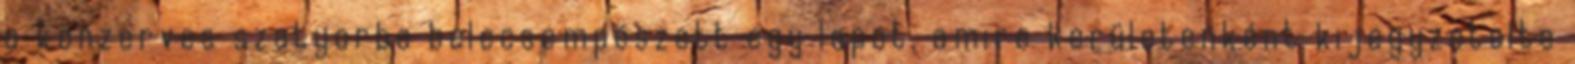
a konzerves szatyorba belecsempészett egy lapot, amire kerületenként kijegyzetelte